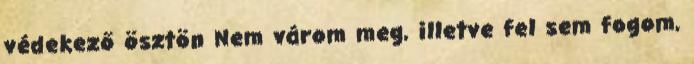
védekező ösztön Nem várom meg, illetve fel sem fogom,